Annual returns of the Patna Lunatic Asylum at Bankipore in Bihar and Orissa - 1912-1924
Year: 1912
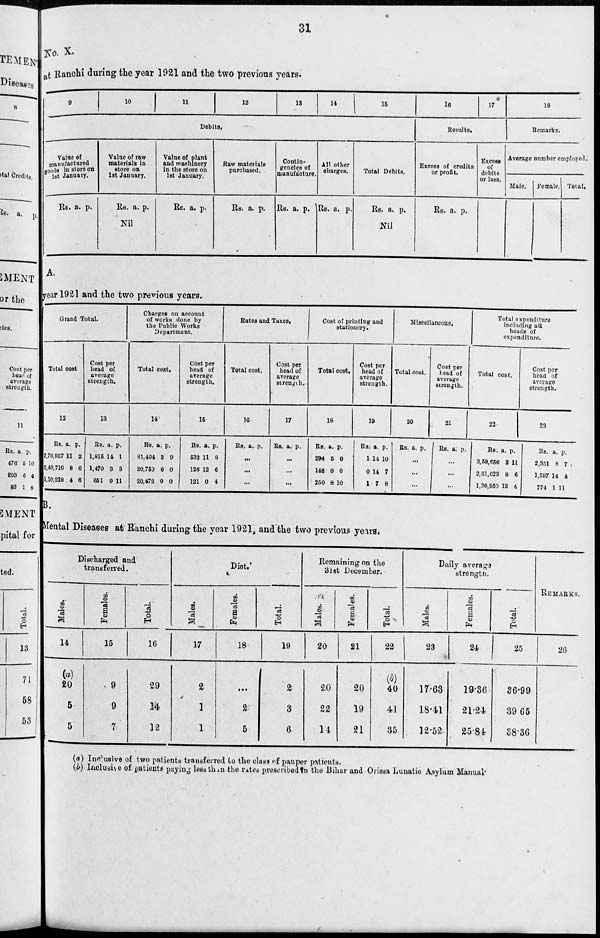
31
No. X.
at Ranchi during the year 1921 and the two previous years.
9
10
11
12
13
14
15
Debits.
Value of
manufactured
goods in store on
1st January.
Rs. a. p.
Value of raw
materials in
store on
1st January.
Rs. a. p.
Nil
Value of plant
and machinery
in the store on
1st January.
Rs. a. p.
Raw materials
purchased.
Rs. a. p.
Contin-
gencies of
manufacture.
Rs. a. p.
All other
charges.
Rs. a. p.
Total Debits.
Rs. a. p.
Nil
16
17
Results.
Excess of credits
or profit.
Rs. a. p.
Excess
of
debits
or loss.
18
Remarks.
Average number employed.
Male.
Female. Total.
A.
year 1921 and the two previous years.
Grand Total.
Total cost.
12
Rs.
2,76,957
2,40,716
1,10,228
a.
11
8
4
p.
2
6
6
Cost per
head of
average
strength.
13
Rs.
1,815
1,470
651
a.
14
3
9
p.
1
3
11
Charges on account
of works done by
the Public Works
Department.
Total cost.
14
Rs.
81,404
20,759
20,472
a.
3
0
0
p.
9
0
0
Cost per
head of
average
strength.
15
Rs.
533
126
121
a.
11
12
0
p.
8
6
4
Rates and Taxes.
Total cost.
16
Rs. a. p.
...
...
...
Cost per
head of
average
strength.
17
Rs. a. p.
...
...
...
Cost of printing and
stationery.
Total cost.
18
Rs.
294
148
250
a.
5
0
8
p.
0
0
10
Cost per
head of
average
strength.
19
Rs.
1
0
1
a.
14
14
7
p.
10
7
8
Miscellaneous.
Total cost.
20
Rs. a. p.
...
...
...
Cost per
head of
average
strength.
21
Rs. a. p.
...
...
...
Total expenditure
including all
heads of
expenditure.
Total cost.
22
Rs.
3,58,656
2,61,623
1,30,950
a.
3
8
13
p.
11
6
4
Cost per
head of
average
strength.
23
Rs.
2,351
1,597
774
a.
8
14
1
p.
7
4
11
B.
Mental Diseases at Ranchi during the year 1921, and the two previous years.
Discharged and
transferred.
Males.
14
(a)
20
5
5
Females.
15
9
9
7
Total.
16
29
14
12
Diet.
Males.
17
2
1
1
Females.
18
...
2
5
Total.
19
2
3
6
Remaining on the
31st December.
Males.
20
20
22
14
Females.
21
20
19
21
Total.
22
(b)
40
41
35
Daily average
strength.
Males.
23
17.63
18.41
12.52
Females.
24
19.36
21.24
25.84
Total.
25
36.99
39.65
38.36
REMARKS.
26
(a) Inclusive of two patients transferred to the class of pauper patients.
(b) Inclusive of patients paying less than the rates prescribed in the Bihar and Orissa Lunatic Asylum Manual.